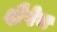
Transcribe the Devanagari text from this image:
शैपेन